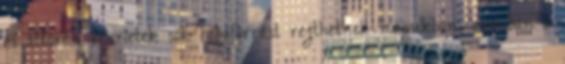
és áttörési részletek sok hibaforrást rejthetnek magukban, azonban a